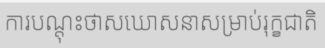
ការបណ្តុះថាសឃោសនាសម្រាប់រុក្ខជាតិ